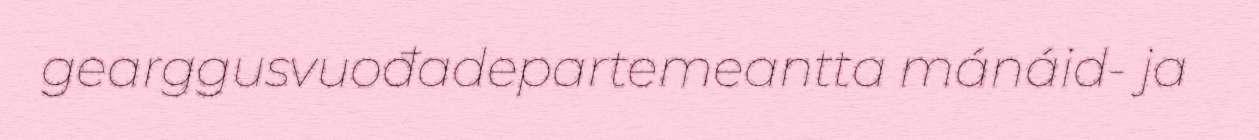
gearggusvuođadepartemeantta mánáid- ja